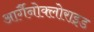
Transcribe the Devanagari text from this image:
आर्गैनोक्लोराइड